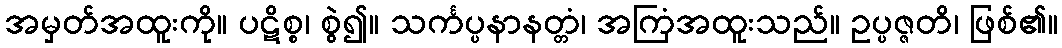
အမှတ်အထူးကို။ ပဋိစ္စ၊ စွဲ၍။ သင်္ကပ္ပနာနတ္တံ၊ အကြံအထူးသည်။ ဥပ္ပဇ္ဇတိ၊ ဖြစ်၏။